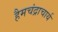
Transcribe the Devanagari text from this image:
हैमचंद्राचार्य